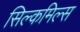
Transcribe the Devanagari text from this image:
सिल्कमिल्स